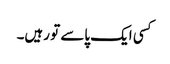
کسی ایک پاسے تو رہیں۔